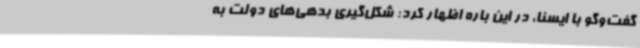
گفت‌وگو با ایسنا، در این باره اظهار کرد: شکل‌گیری بدهی‌های دولت به